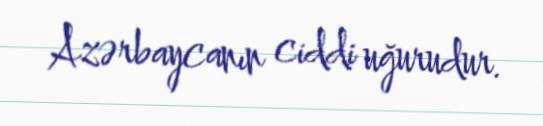
Azərbaycanın ciddi uğurudur.